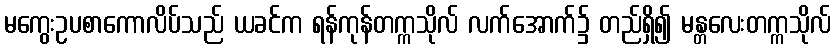
မကွေးဥပစာကောလိပ်သည် ယခင်က ရန်ကုန်တက္ကသိုလ် လက်အောက်၌ တည်ရှိ၍ မန္တလေးတက္ကသိုလ်